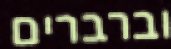
וברברים